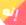
إنه